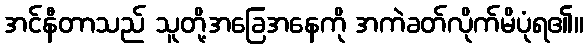
အင်နီတာသည် သူတို့အခြေအနေကို အကဲခတ်လိုက်မိပုံရ၏။